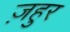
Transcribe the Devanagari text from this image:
ज़हुर